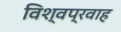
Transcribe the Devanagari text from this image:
विश्वप्रवाह